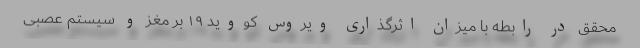
محقق در رابطه با میزان اثرگذاری ویروس کووید ۱۹ بر مغز و سیستم عصبی